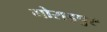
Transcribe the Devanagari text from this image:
गोराइपुर